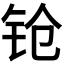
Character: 𬬰